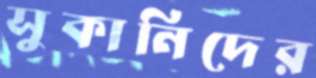
সুকানিদের